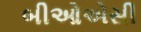
બીઓએસી